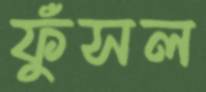
ফুঁসল